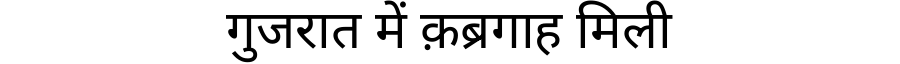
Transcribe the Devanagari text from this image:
गुजरात में क़ब्रगाह मिली